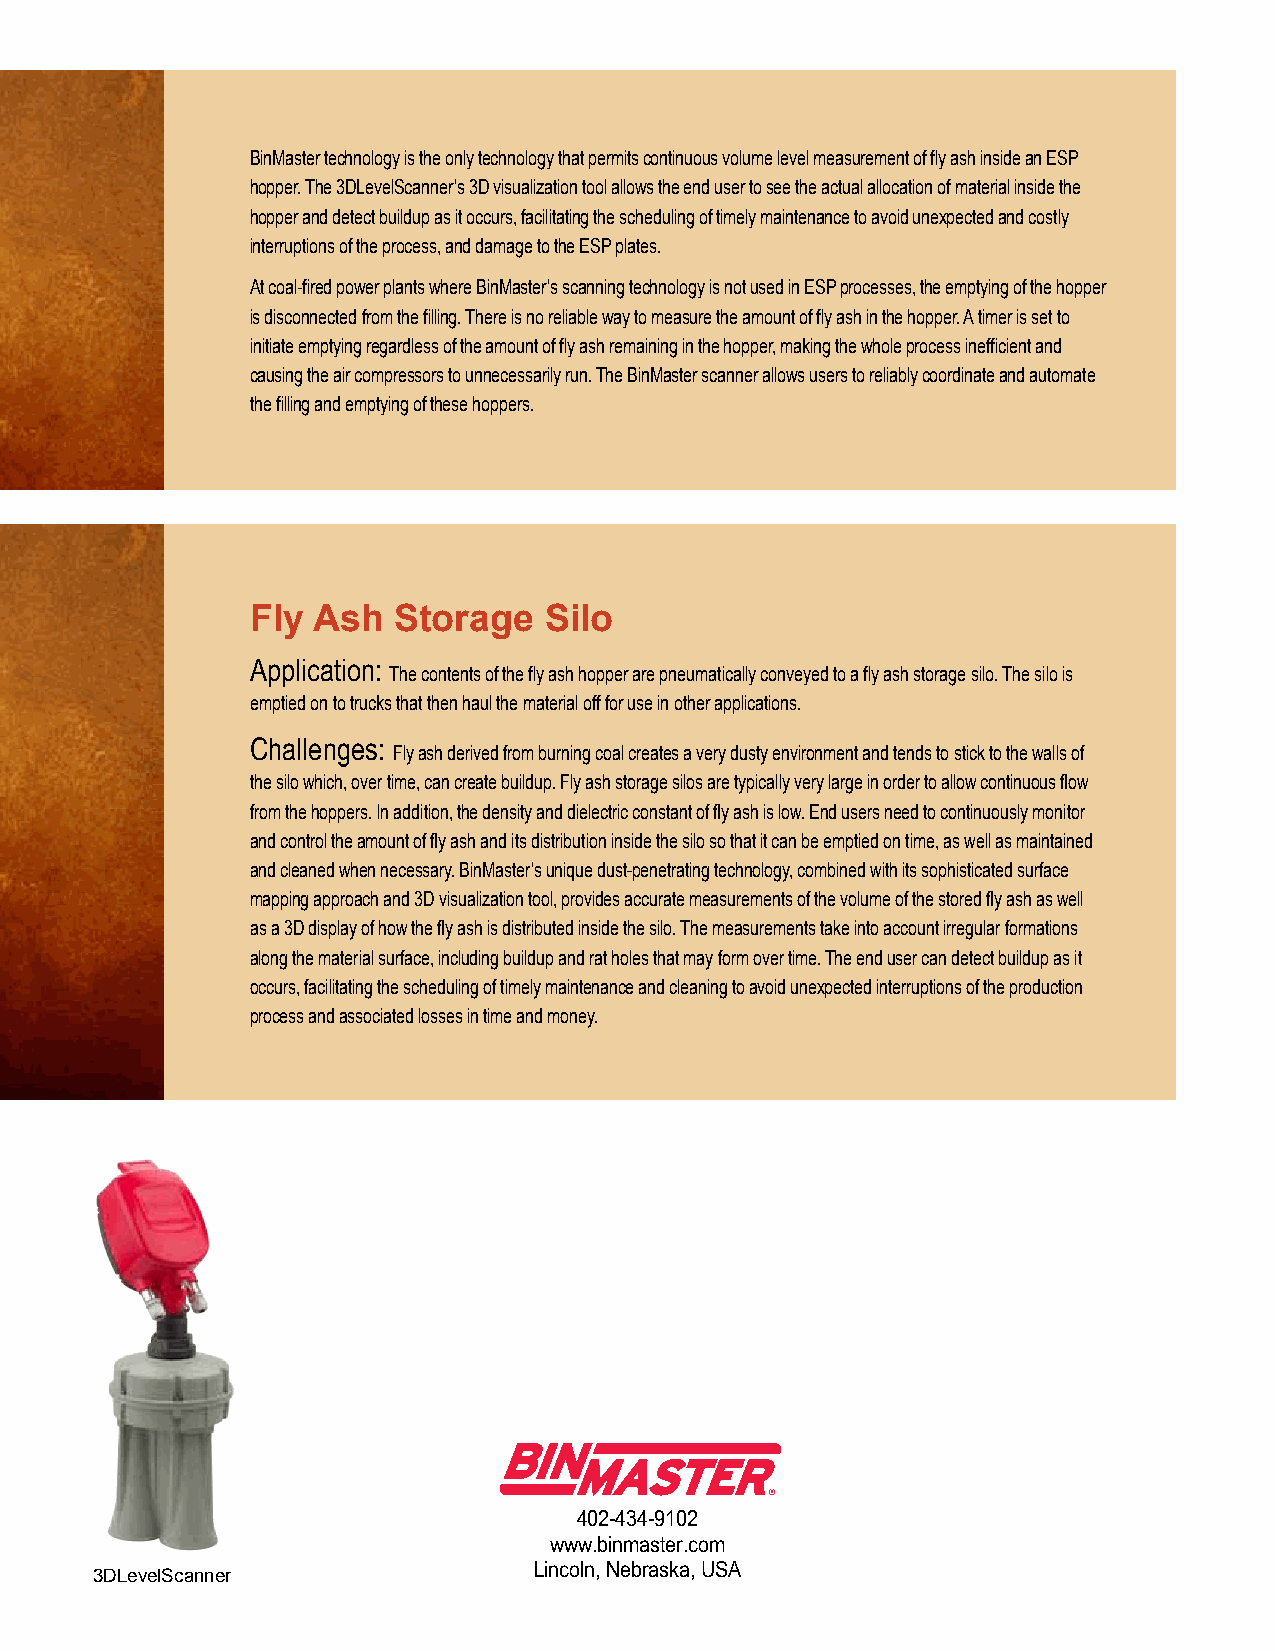
BinMaster technology is the only technology that permits continuous volume level measurement of fly ash inside an ESP
 hopper. The 3DLevelScanner’s 3D visualization tool allows the end user to see the actual allocation of material inside the
 hopper and detect buildup as it occurs, facilitating the scheduling of timely maintenance to avoid unexpected and costly
 interruptions of the process, and damage to the ESP plates.
 At coal-fired power plants where BinMaster’s scanning technology is not used in ESP processes, the emptying of the hopper
 is disconnected from the filling. There is no reliable way to measure the amount of fly ash in the hopper. A timer is set to
 initiate emptying regardless of the amount of fly ash remaining in the hopper, making the whole process inefficient and
 causing the air compressors to unnecessarily run. The BinMaster scanner allows users to reliably coordinate and automate
 the filling and emptying of these hoppers.
 Fly Ash  Storage   Silo
 Application:
 The contents of the fly ash hopper are pneumatically conveyed to a fly ash storage silo. The silo is
 emptied on to trucks that then haul the material off for use in other applications.
 Challenges:
 Fly ash derived from burning coal creates a very dusty environment and tends to stick to the walls of
 the silo which, over time, can create buildup. Fly ash storage silos are typically very large in order to allow continuous flow
 from the hoppers. In addition, the density and dielectric constant of fly ash is low. End users need to continuously monitor
 and control the amount of fly ash and its distribution inside the silo so that it can be emptied on time, as well as maintained
 and cleaned when necessary. BinMaster’s unique dust-penetrating technology, combined with its sophisticated surface
 mapping approach and 3D visualization tool, provides accurate measurements of the volume of the stored fly ash as well
 as a 3D display of how the fly ash is distributed inside the silo. The measurements take into account irregular formations
 along the material surface, including buildup and rat holes that may form over time. The end user can detect buildup as it
 occurs, facilitating the scheduling of timely maintenance and cleaning to avoid unexpected interruptions of the production
 process and associated losses in time and money.
 402-434-9102
 www.binmaster.com
 Lincoln, Nebraska, USA
 3DLevelScanner